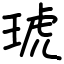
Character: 琥